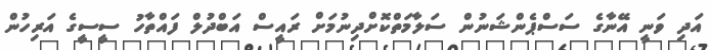
އަދި ވަނީ އޭނާގެ ސަސްޕެންޝަނުން ސަލާމަތްކޮށްދިނުމަށް ރައީސް އަބްދުލް ފައްތާހު ސީސީގެ އަރިހުން